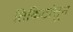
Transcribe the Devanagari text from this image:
तिकिटांतून